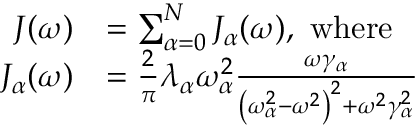
\begin{array} { r l } { J ( \omega ) } & { = \sum _ { \alpha = 0 } ^ { N } J _ { \alpha } ( \omega ) , \mathrm { ~ w h e r e ~ } } \\ { J _ { \alpha } ( \omega ) } & { = \frac { 2 } { \pi } \lambda _ { \alpha } \omega _ { \alpha } ^ { 2 } \frac { \omega \gamma _ { \alpha } } { \left( \omega _ { \alpha } ^ { 2 } - \omega ^ { 2 } \right) ^ { 2 } + \omega ^ { 2 } \gamma _ { \alpha } ^ { 2 } } } \end{array}